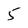
Character: 5